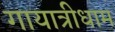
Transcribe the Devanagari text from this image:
गायात्रीधाम